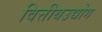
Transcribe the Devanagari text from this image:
वित्तीयउद्योग